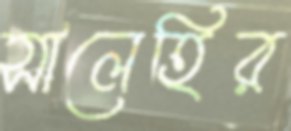
সালেহির